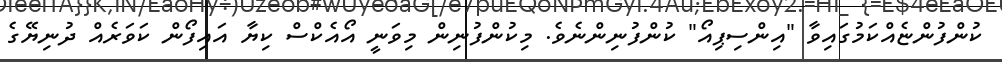
ކުންފުންޏެއްކަމުގައިވާ "އިންސިޕިއޯ" ކުންފުނިންނެވެ. މިކުންފުނިން މިވަނީ އޯއެކްސް ކިޔާ އައިފޯން ކަވަރެއް ދުނިޔޭގެ